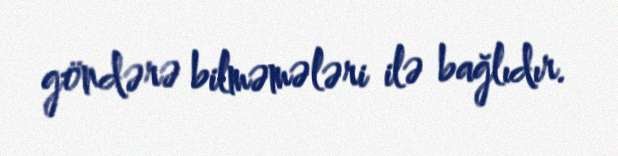
göndərə bilməmələri ilə bağlıdır.